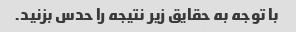
با توجه به حقایق زیر نتیجه را حدس بزنید.